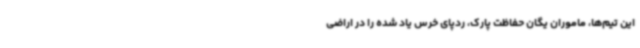
این تیم‌ها، ماموران یگان حفاظت پارک، ردپای خرس یاد شده را در اراضی